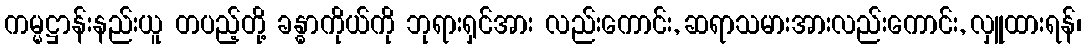
ကမ္မဋ္ဌာန်းနည်းယူ တပည့်တို့ ခန္ဓာကိုယ်ကို ဘုရားရှင်အား လည်းကောင်း, ဆရာသမားအားလည်းကောင်း, လှူထားရန်၊